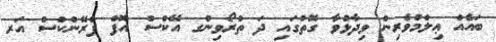
ބައެއް ޢިލްމުވެރިން ވިދާޅުވާ ގޮތުގައި ދަ ތްރޯވިންގ އޭކްސް އޮފް ފްރޭންކްސް އަރ